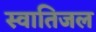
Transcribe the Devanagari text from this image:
स्वातिजल